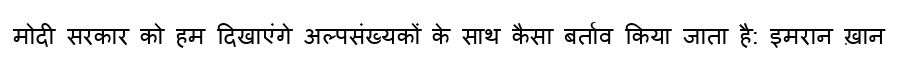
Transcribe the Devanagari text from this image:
मोदी सरकार को हम दिखाएंगे अल्पसंख्यकों के साथ कैसा बर्ताव किया जाता है: इमरान ख़ान